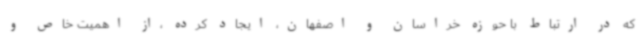
که در ارتباط با حوزه خراسان و اصفهان، ایجاد کرده ،از اهمیت خاص و